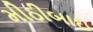
મીઠીબાઇ